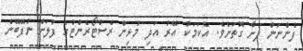
ފެންނަން ފަށާ ގޮތަށެވެ. އެކަމަކު އޭރު އަދި މުޅިން ރެސްޓޯރެންޓުގެ ފުލަށް ނުފޭބޭނެ